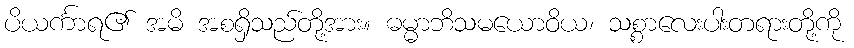
ပိယင်္ကာရ၏ အမိ အစရှိသည်တို့အား။ ဓမ္မာဘိသမယောဝိယ၊ သစ္စာလေးပါးတရားတို့ကို